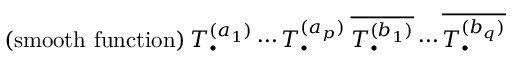
{ \mathrm { ( s m o o t h ~ f u n c t i o n ) } } \: T _ { \bullet } ^ { ( a _ { 1 } ) } \cdots T _ { \bullet } ^ { ( a _ { p } ) } \: \overline { { { T _ { \bullet } ^ { ( b _ { 1 } ) } } } } \cdots \overline { { { T _ { \bullet } ^ { ( b _ { q } ) } } } }